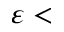
\varepsilon <